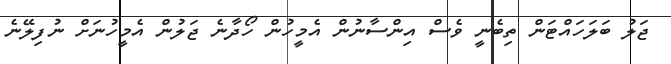
ޖަލު ބަލަހައްޓަން ތިބެނީ ވެސް އިންސާނުން އެމީހުން ހޯދާނެ ޖަލުން އެމީހުނަށް ނުފިލޭނެ